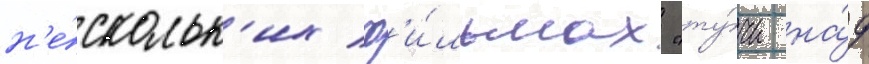
н'е́скольк'их ф'и́льмах "ту́чи на́д